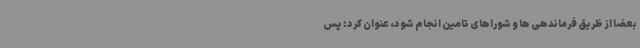
بعضا از ظریق فرماندهی ها و شوراهای تامین انجام شود، عنوان کرد: پس